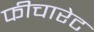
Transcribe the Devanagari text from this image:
फीचारेट